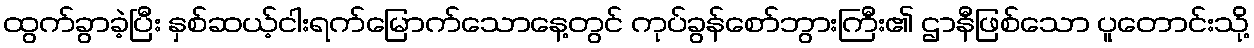
ထွက်ခွာခဲ့ပြီး နှစ်ဆယ့်ငါးရက်မြောက်သောနေ့တွင် ကုပ်ခွန်စော်ဘွားကြီး၏ ဌာနီဖြစ်သော ပူတောင်းသို့